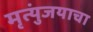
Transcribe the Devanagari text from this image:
मृत्युंजयाचा